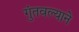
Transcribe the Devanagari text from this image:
गुंतवल्याने